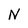
Character: N